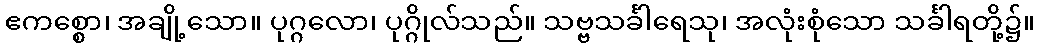
ဧကစ္စော၊ အချို့သော။ ပုဂ္ဂလော၊ ပုဂ္ဂိုလ်သည်။ သဗ္ဗသင်္ခါရေသု၊ အလုံးစုံသော သင်္ခါရတို့၌။